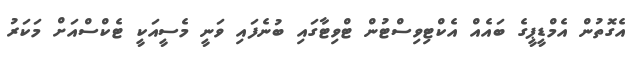
އެގޮތުން އެމްޑީޕީގެ ބައެއް އެކްޓިވިސްޓުން ޓްވިޓާގައި ބުނެފައި ވަނީ މެސީއަކީ ޓެކްސްއަށް މަކަރު